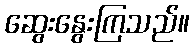
ဆွေးနွေးကြသည်။